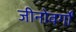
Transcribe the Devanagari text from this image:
जीनोवर्गों